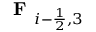
\textbf { F } _ { i - \frac { 1 } { 2 } , 3 }